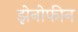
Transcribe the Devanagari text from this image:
झेनोफीन